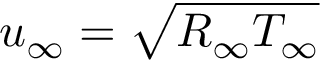
u _ { \infty } = \sqrt { R _ { \infty } T _ { \infty } }